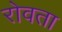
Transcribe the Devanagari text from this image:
रोवता